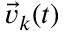
\vec { v } _ { k } ( t )